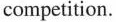
competition.